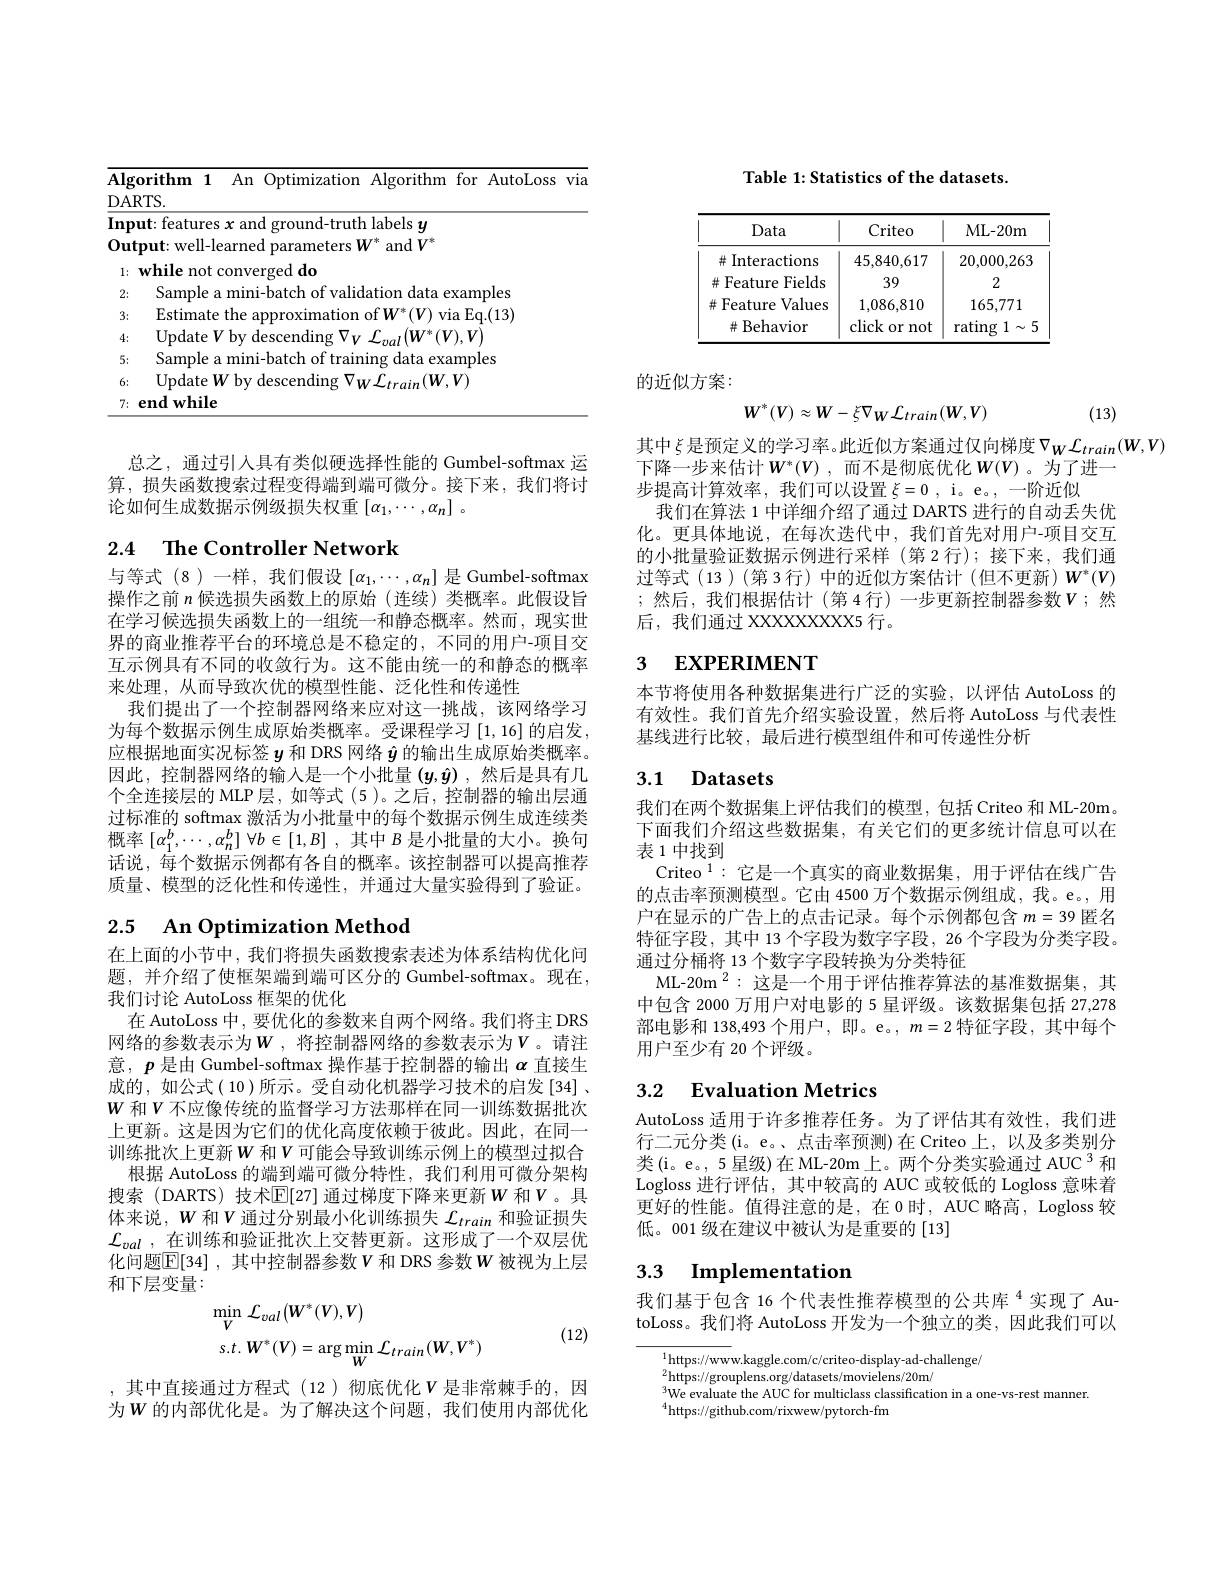
<table>
	<tbody>
		<tr>
			<td>$\overline{\mathbf{In}}_{\mathbf{I}}$ </td>
			<td>ut: features $x$ and</td>
			<td>bels $y$</td>
			<td> </td>
			<td> </td>
		</tr>
		<tr>
			<td>0 $1u$</td>
			<td>$\mathbf{put:well-learned}$</td>
			<td>$\operatorname{and}V^{*}$</td>
			<td> </td>
			<td> </td>
		</tr>
		<tr>
			<td>1:</td>
			<td>while not converge</td>
			<td> </td>
			<td> </td>
			<td> </td>
		</tr>
		<tr>
			<td>2:</td>
			<td>Sample a mini-ba</td>
			<td>data $0n$ .example</td>
			<td>5</td>
			<td> </td>
		</tr>
		<tr>
			<td>3:</td>
			<td>Estimate s the :app</td>
			<td>$V$ via $Eq.(13$ $W$ 1 1</td>
			<td>.)</td>
			<td> </td>
		</tr>
		<tr>
			<td>4:</td>
			<td>Update$V$b $by$ des</td>
			<td>$W$ $V$ $1al$</td>
			<td> </td>
			<td> </td>
		</tr>
		<tr>
			<td>5:</td>
			<td>Sample a mini-ba</td>
			<td>data examples</td>
			<td> </td>
			<td> </td>
		</tr>
		<tr>
			<td>6:</td>
			<td>UpdateWby des</td>
			<td>$(W,V)$ train</td>
			<td> </td>
			<td> </td>
		</tr>
		<tr>
			<td>7:</td>
			<td>$\mathbf{endwhile}$</td>
			<td> </td>
			<td> </td>
			<td> </td>
		</tr>
	</tbody>
</table>

总之，通过引入具有类似硬选择性能的 Gumbel-softmax 运算，损失函数搜索过程变得端到端可微分。接下来，我们将讨论如何生成数据示例级损失权重$[\alpha_1,\cdots,\alpha_n]$ 。

# 2.4 The Controller Network

与等式(8)一样，我们假设$[\alpha_1,\cdots,\alpha_n]$ 是 Gumbel-softmax 操作之前$n$候选损失函数上的原始 (连续)类概率。此假设旨在学习候选损失函数上的一组统一和静态概率。然而，现实世界的商业推荐平台的环境总是不稳定的，不同的用户-项目交互示例具有不同的收敛行为。这不能由统一的和静态的概率来处理，从而导致次优的模型性能、泛化性和传递性
我们提出了一个控制器网络来应对这一挑战，该网络学习为每个数据示例生成原始类概率。受课程学习[1,16]的启发， 应根据地面实况标签$y$和 DRS 网络$\hat{y}$的输出生成原始类概率。因此，控制器网络的输入是一个小批量$(y,\hat{y})$ ,然后是具有几个全连接层的 MLP 层，如等式 (5 )。之后，控制器的输出层通过标准的 softmax 激活为小批量中的每个数据示例生成连续类概率$[\alpha_1^b,\cdots,\alpha_n^b]$ $\forall b\in[1,B]$ ,其中$B$是小批量的大小。换句话说，每个数据示例都有各自的概率。该控制器可以提高推荐质量、模型的泛化性和传递性，并通过大量实验得到了验证。

# 2.5 $\textbf{An Optimization Method}$

在上面的小节中，我们将损失函数搜索表述为体系结构优化问题，并介绍了使框架端到端可区分的 Gumbel-softmax。现在， 我们讨论 AutoLoss 框架的优化
在 AutoLoss 中，要优化的参数来自两个网络。我们将主 DRS 网络的参数表示为$W$ ,将控制器网络的参数表示为$V$。请注意，$p$是由 Gumbel-softmax 操作基于控制器的输出$\alpha$直接生成的，如公式(10)所示。受自动化机器学习技术的启发[34]、 $W$ 和$V$ 不应像传统的监督学习方法那样在同一训练数据批次上更新。这是因为它们的优化高度依赖于彼此。因此，在同一训练批次上更新$W$ 和$V$ 可能会导致训练示例上的模型过拟合
根据 AutoLoss 的端到端可微分特性，我们利用可微分架构搜索 (DARTS) 技术$\mathbb{E}[$27] 通过梯度下降来更新$W$ 和$V$。具体来说，$W$和$V$通过分别最小化训练损失$\mathcal{L}_train$和验证损失$\mathcal{L}_{val}$ ,在训练和验证批次上交替更新。这形成了一个双层优化问题$\overline{\mathbb{E}}[34]$ ,其中控制器参数$V$ 和 DRS 参数 W 被视为上层和下层变量：
$$\begin{aligned}&\min_{V}\mathcal{L}_{val}(W^{*}(V),V)\\&s.t.\:W^{*}(V)=\arg\min_{W}\mathcal{L}_{train}(W,V^{*})\end{aligned}$$
(12)

,其中直接通过方程式(12)彻底优化$v$ 是非常棘手的，因为$W$ 的内部优化是。为了解决这个问题，我们使用内部优化

Table 1: Statistics of the datasets.

<table>
	<tbody>
		<tr>
			<th>Data</th>
			<th>Criteo</th>
			<th>ML- 20m</th>
		</tr>
		<tr>
			<td>井 Interactions</td>
			<td>45,840,617</td>
			<td>20,000,263</td>
		</tr>
		<tr>
			<td># Feature Fields </td>
			<td>39</td>
			<td>2</td>
		</tr>
		<tr>
			<td>Feature ${\mathrm{Values}}$ 升</td>
			<td>1,086,810</td>
			<td>165,771</td>
		</tr>
		<tr>
			<td>Behavior 井</td>
			<td>click or not</td>
			<td>rating 1</td>
		</tr>
	</tbody>
</table>

的近似方案：
$$W^*(V)\approx W-\xi\nabla_W\mathcal{L}_{train}(W,V)$$
(13)

其中 $\xi$是预定义的学习率。此近似方案通过仅向梯度$\nabla_W\mathcal{L}_{train}(W,V)$
下降一步来估计$W^*(V)$, 而不是彻底优化$W(V)$。为了进一
步提高计算效率，我们可以设置$\xi=0$, i。e。,一阶近似
我们在算法 1 中详细介绍了通过 DARTS 进行的自动丢失优化。更具体地说，在每次迭代中，我们首先对用户-项目交互的小批量验证数据示例进行采样 (第 2 行);接下来，我们通过等式(13)(第 3行)中的近似方案估计(但不更新)$W^*(V)$ ;然后，我们根据估计(第 4行)一步更新控制器参数$V$;然后，我们通过 XXXXXXXX5 行。

## 3 EXPERIMENT

本节将使用各种数据集进行广泛的实验，以评估 AutoLoss 的有效性。我们首先介绍实验设置，然后将 AutoLoss 与代表性基线进行比较，最后进行模型组件和可传递性分析

### 3.1 Datasets

我们在两个数据集上评估我们的模型，包括 Criteo 和 ML-20m 下面我们介绍这些数据集，有关它们的更多统计信息可以在表 1 中找到
Criteo $^1:$它是一个真实的商业数据集，用于评估在线广告的点击率预测模型。它由 4500 万个数据示例组成，我。e。,用户在显示的广告上的点击记录。每个示例都包含$m=39$匿名特征字段，其中 13 个字段为数字字段，26 个字段为分类字段。通过分桶将 13 个数字字段转换为分类特征
ML-20m$^{2}:$这是一个用于评估推荐算法的基准数据集，其中包含 2000 万用户对电影的 5 星评级。该数据集包括 27,278部电影和 138,493 个用户，即。e。, $m=2$特征字段，其中每个用户至少有 20 个评级。

## 3.2 $\textbf{Evaluation Metrics}$

AutoLoss 适用于许多推荐任务。为了评估其有效性，我们进行二元分类 (i。e。、点击率预测)在 Criteo 上，以及多类别分类(i。e。,5 星级)在 ML-20m 上。两个分类实验通过 AUC 3 和Logloss 进行评估，其中较高的 AUC 或较低的 Logloss 意味着更好的性能。值得注意的是，在 0时，AUC 略高，Logloss 较低。001 级在建议中被认为是重要的 [13]

### 3.3 Implementatior 我们基于包含 16 个代表性推荐模型的公共库$^{4}$实现了 Au-

toLoss。我们将 AutoLoss 开发为一个独立的类，因此我们可以

$^{1}$https://www.kaggle.com/c/criteo-display-ad-challenge/
$\int_{0}^{2}dtt$ps://grouplens.org/datasets/movielens/20m/
$^{3}$We evaluate the AUC for multiclass classification in a one-vs-rest manner.
$^{4}$https://github.com/rixwew/pytorch-fm